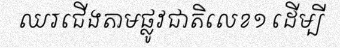
ឈរជើងតាមផ្លូវជាតិលេខ១ ដើម្បី